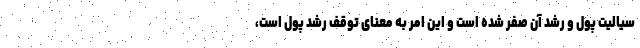
سیالیت پول و رشد آن صفر شده است و این امر به معنای توقف رشد پول است،